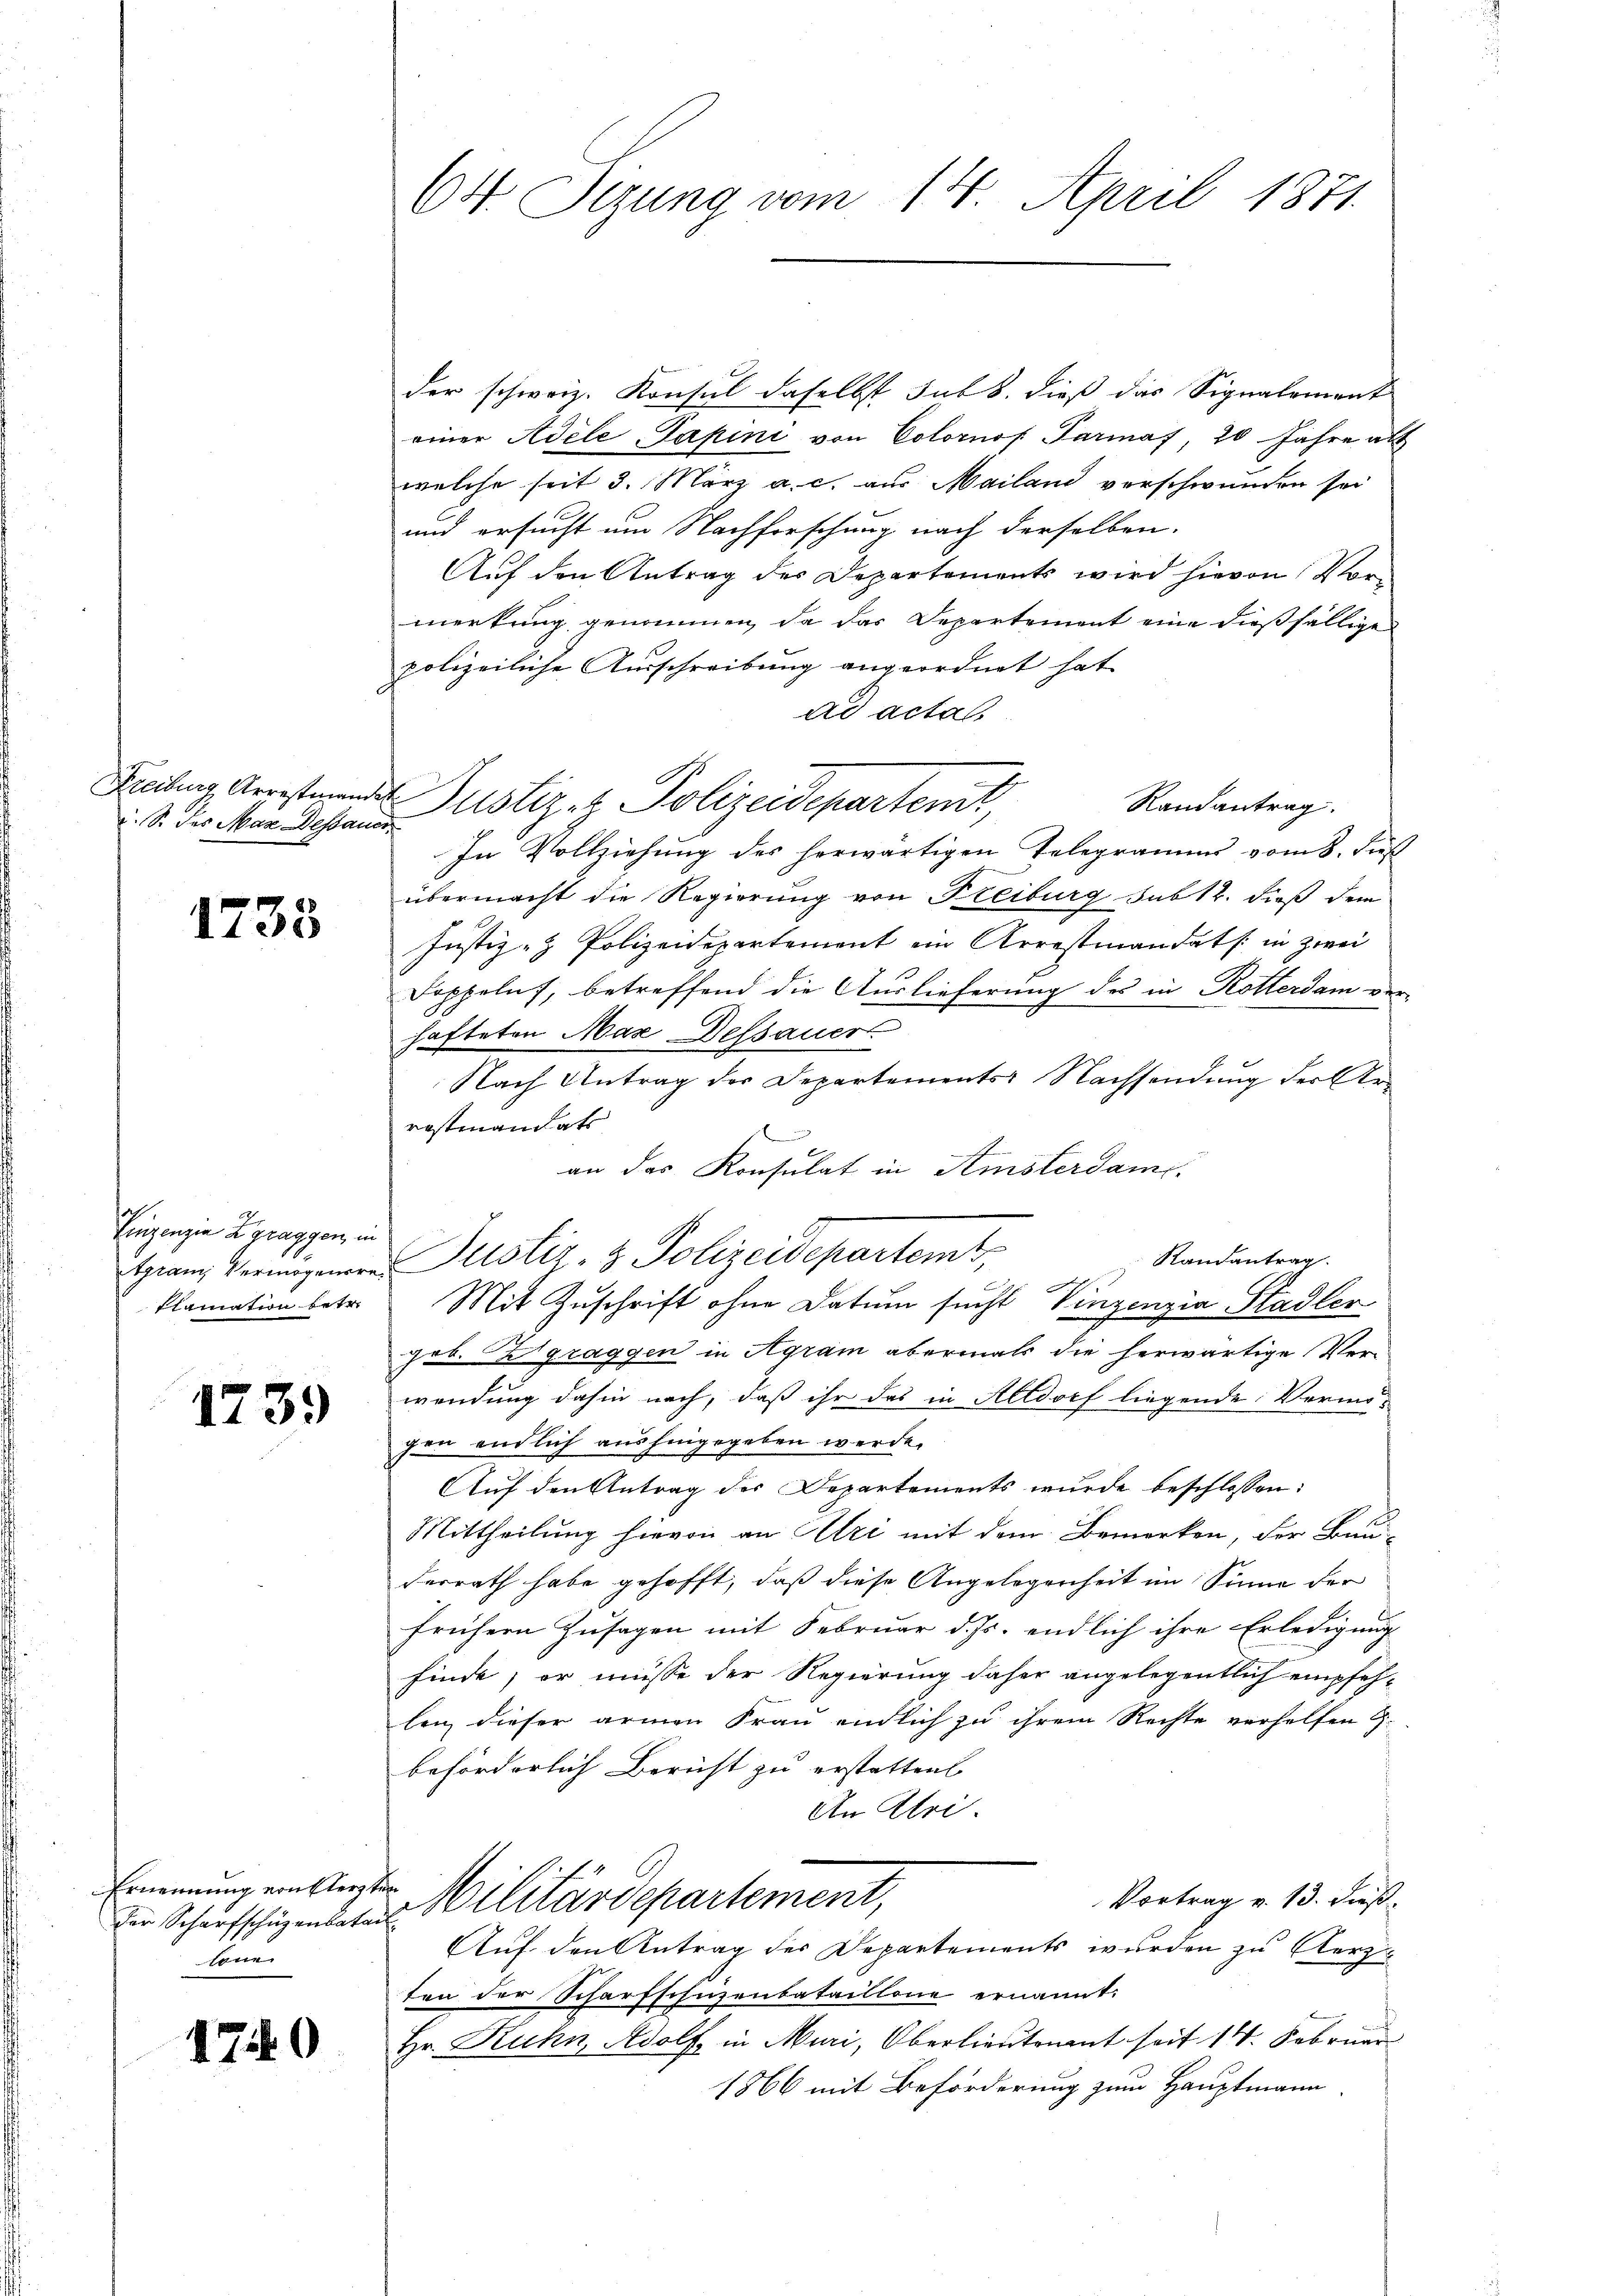
u. S. des Max Dessauer

1738

Einzenzen Zgraggen, in
laination ertr

1739

Ernennung von Fleister
lone

170

der schweiz. Konsul daselbst sub b. dieß das Signalement
einer Adele Papini von Colornof Parmaf, 20 Jahre als
welche seit 3. März a. c. aus Mailand verschwunden sei
und ersucht um Nachforschung nach derselben.
Auf den Antrag des Departements wird hievon Vormerkung genommen, da das Departement eine dießfällige
polizeiliche Ausschreibung angeordnet hat.
ad acta.
Freihung Arrestirende Justiz z. Polizeidepartent
Randantrag.
In Vollziehung des herwärtigen Telegramms vom 8. Fuß
übermacht die Regierung von Freiburg sub 12. dieß dem
Justiz- & Polizeidepartement ein Arrestmandats in zwei
Doppelns, betreffend die Auslieferung des in Rotterdam ver
hafteten Max Dessauer
Nach Antrag der Departements Nachsendung der Arrostmandats
an das Konsulat in Amsterdam.
Randantrag
Hranz Vermagenen Justiz- & Polizeidepartemt,
e
Mit Zuschrift ohne Datum sucht Vinzenzia Stadler
gob. Zgraggen in Agram abermals die herwärtige Ver-
wendung dahin nach, daß ihr das in Altdorf liegende Vermö-
gen endlich aushingegeben werde.
Auf den Antrag der Departements wurde beschlossen:
Mittheilung hievon an Uri mit dem Bemerken, der Bau-
derrath habe gehofft, daß diese Angelegenheit im Sinne der
frühern Zusagen mit Februar d. Js. endlich ihre Erledigung
finde, er müsse der Regierung daher angelegentlich empfehlen dieser armen Frau endlich zu ihrem Rechte verhelfen
beförderlich Bericht zu erstatten
An Ulri
Vortrag v. 13. dieß.
der Scharfschigendete Militärdepartement,
Auf den Antrag der Departements wurden zu erz
ten der Scharfschuzenbataillone ernannt:
Hr. Ruhn, Adolf in Muri, Oberlieutenant seit 14. Februar
1866 mit Beförderung zum Hauptmann

64 Sizung vom 14. April 1871.